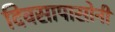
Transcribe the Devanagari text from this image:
दिवसापासोनी